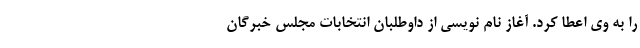
را به وی اعطا کرد. آغاز نام ‌نویسی از داوطلبان انتخابات مجلس خبرگان